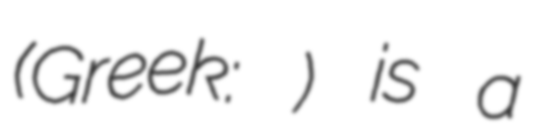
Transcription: (Greek: Μαυρονόρος) is a